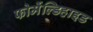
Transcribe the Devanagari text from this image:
फोर्मेल्डिहाइड